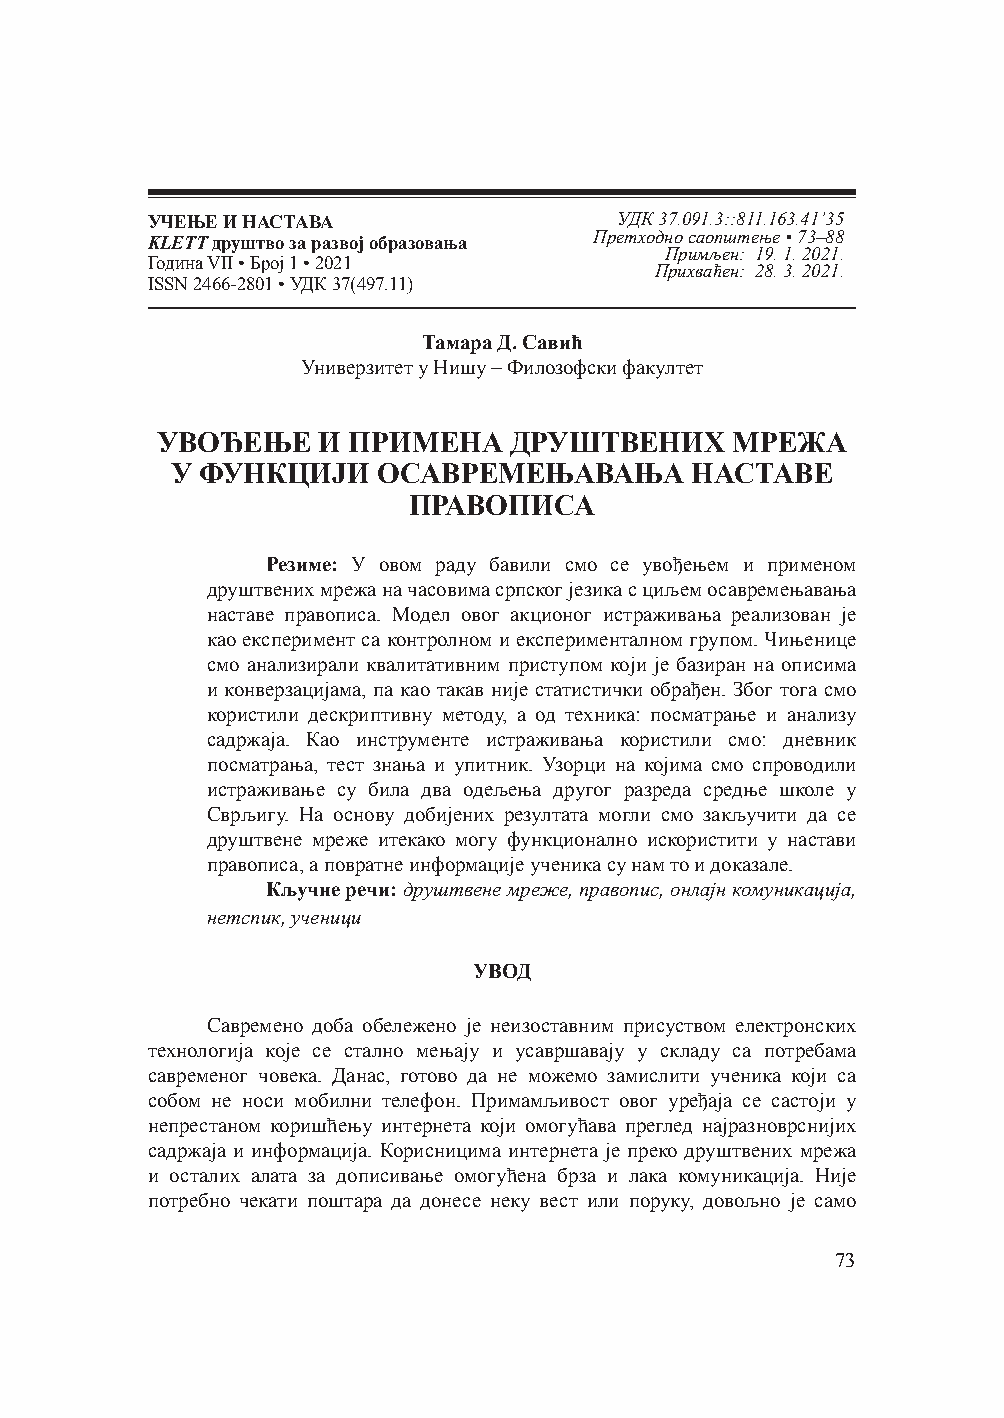
УЧЕЊЕ И НАСТАВА                УДК 37.091.3::811.163.41’35
 KLETT друштво за развој образовања Претходно саопштење • 73–88
 Примљен: 19. 1. 2021.
 Година VII • Број 1 • 2021
 Прихваћен: 28. 3. 2021.
 ISSN 2466-2801 • УДК 37(497.11)
 Тамара Д. Савић
 Универзитет у Нишу – Филозофски факултет
 УВОЂЕЊЕ    И ПРИМЕНА    ДРУШТВЕНИХ     МРЕЖА
 У ФУНКЦИЈИ    ОСАВРЕМЕЊАВАЊА       НАСТАВЕ
 ПРАВОПИСА
 Резиме: У овом раду бавили смо се увођењем и применом
 друштвених мрежа на часовима српског језика с циљем осавремењавања
 наставе правописа. Модел овог акционог истраживања реализован је
 као експеримент са контролном и експерименталном групом. Чињенице
 смо анализирали квалитативним приступом који је базиран на описима
 и конверзацијама, па као такав није статистички обрађен. Због тога смо
 користили дескриптивну методу, а од техника: посматрање и анализу
 садржаја. Као инструменте истраживања користили смо: дневник
 посматрања, тест знања и упитник. Узорци на којима смо спроводили
 истраживање су била два одељења другог разреда средње школе у
 Сврљигу. На основу добијених резултата могли смо закључити да се
 друштвене мреже итекако могу функционално искористити у настави
 правописа, а повратне информације ученика су нам то и доказале.
 Кључне речи: друштвене мреже, правопис, онлајн комуникација,
 нетспик, ученици
 УВОД
 Савремено доба обележено је неизоставним присуством електронских
 технологија које се стално мењају и усавршавају у складу са потребама
 савременог човека. Данас, готово да не можемо замислити ученика који са
 собом не носи мобилни телефон. Примамљивост овог уређаја се састоји у
 непрестаном коришћењу интернета који омогућава преглед најразноврснијих
 садржаја и информација. Корисницима интернета је преко друштвених мрежа
 и осталих алата за дописивање омогућена брза и лака комуникација. Није
 потребно чекати поштара да донесе неку вест или поруку, довољно је само
 73